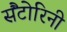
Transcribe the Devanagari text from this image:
सैंटोरिनी